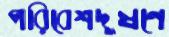
পরিবেশদূষণে